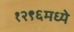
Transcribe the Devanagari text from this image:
१२९६मध्ये